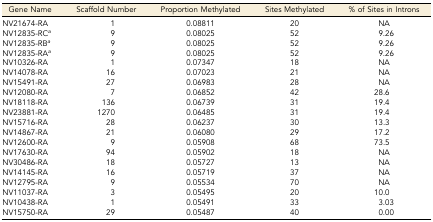
<table><thead><tr><td><b>Gene Name</b></td><td><b>Scaffold Number</b></td><td><b>Proportion Methylated</b></td><td><b>Sites Methylated</b></td><td><b>% of Sites in Introns</b></td></tr></thead><tbody><tr><td>NV21674-RA</td><td>1</td><td>0.08811</td><td>20</td><td>NA</td></tr><tr><td>NV12835-RC<i><sup>a</sup></i></td><td>9</td><td>0.08025</td><td>52</td><td>9.26</td></tr><tr><td>NV12835-RB<i><sup>a</sup></i></td><td>9</td><td>0.08025</td><td>52</td><td>9.26</td></tr><tr><td>NV12835-RA<i><sup>a</sup></i></td><td>9</td><td>0.08025</td><td>52</td><td>9.26</td></tr><tr><td>NV10326-RA</td><td>1</td><td>0.07347</td><td>18</td><td>NA</td></tr><tr><td>NV14078-RA</td><td>16</td><td>0.07023</td><td>21</td><td>NA</td></tr><tr><td>NV15491-RA</td><td>27</td><td>0.06983</td><td>28</td><td>NA</td></tr><tr><td>NV12080-RA</td><td>7</td><td>0.06852</td><td>42</td><td>28.6</td></tr><tr><td>NV18118-RA</td><td>136</td><td>0.06739</td><td>31</td><td>19.4</td></tr><tr><td>NV23881-RA</td><td>1270</td><td>0.06485</td><td>31</td><td>19.4</td></tr><tr><td>NV15716-RA</td><td>28</td><td>0.06237</td><td>30</td><td>13.3</td></tr><tr><td>NV14867-RA</td><td>21</td><td>0.06080</td><td>29</td><td>17.2</td></tr><tr><td>NV12600-RA</td><td>9</td><td>0.05908</td><td>68</td><td>73.5</td></tr><tr><td>NV17630-RA</td><td>94</td><td>0.05902</td><td>18</td><td>NA</td></tr><tr><td>NV30486-RA</td><td>18</td><td>0.05727</td><td>13</td><td>NA</td></tr><tr><td>NV14145-RA</td><td>16</td><td>0.05719</td><td>37</td><td>NA</td></tr><tr><td>NV12795-RA</td><td>9</td><td>0.05534</td><td>70</td><td>NA</td></tr><tr><td>NV11037-RA</td><td>3</td><td>0.05495</td><td>20</td><td>10.0</td></tr><tr><td>NV10438-RA</td><td>1</td><td>0.05491</td><td>33</td><td>3.03</td></tr><tr><td>NV15750-RA</td><td>29</td><td>0.05487</td><td>40</td><td>0.00</td></tr></tbody></table>